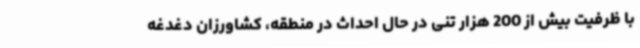
با ظرفیت بیش از 200 هزار تنی در حال احداث در منطقه، کشاورزان دغدغه